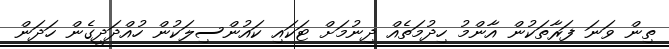
ތިން ވަނަ ފަރާތަކުން އާންމު ހިދުމަތެއް ދިނުމަށް ޓަކައި ކައުންސިލަކުން ހުއްދަދީގެން ހަދަން